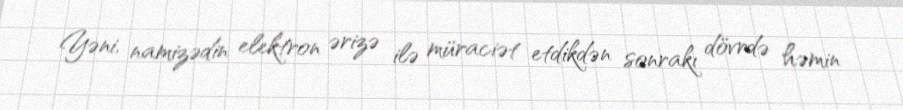
Yəni, namizədin elektron ərizə ilə müraciət etdikdən sonrakı dövrdə həmin